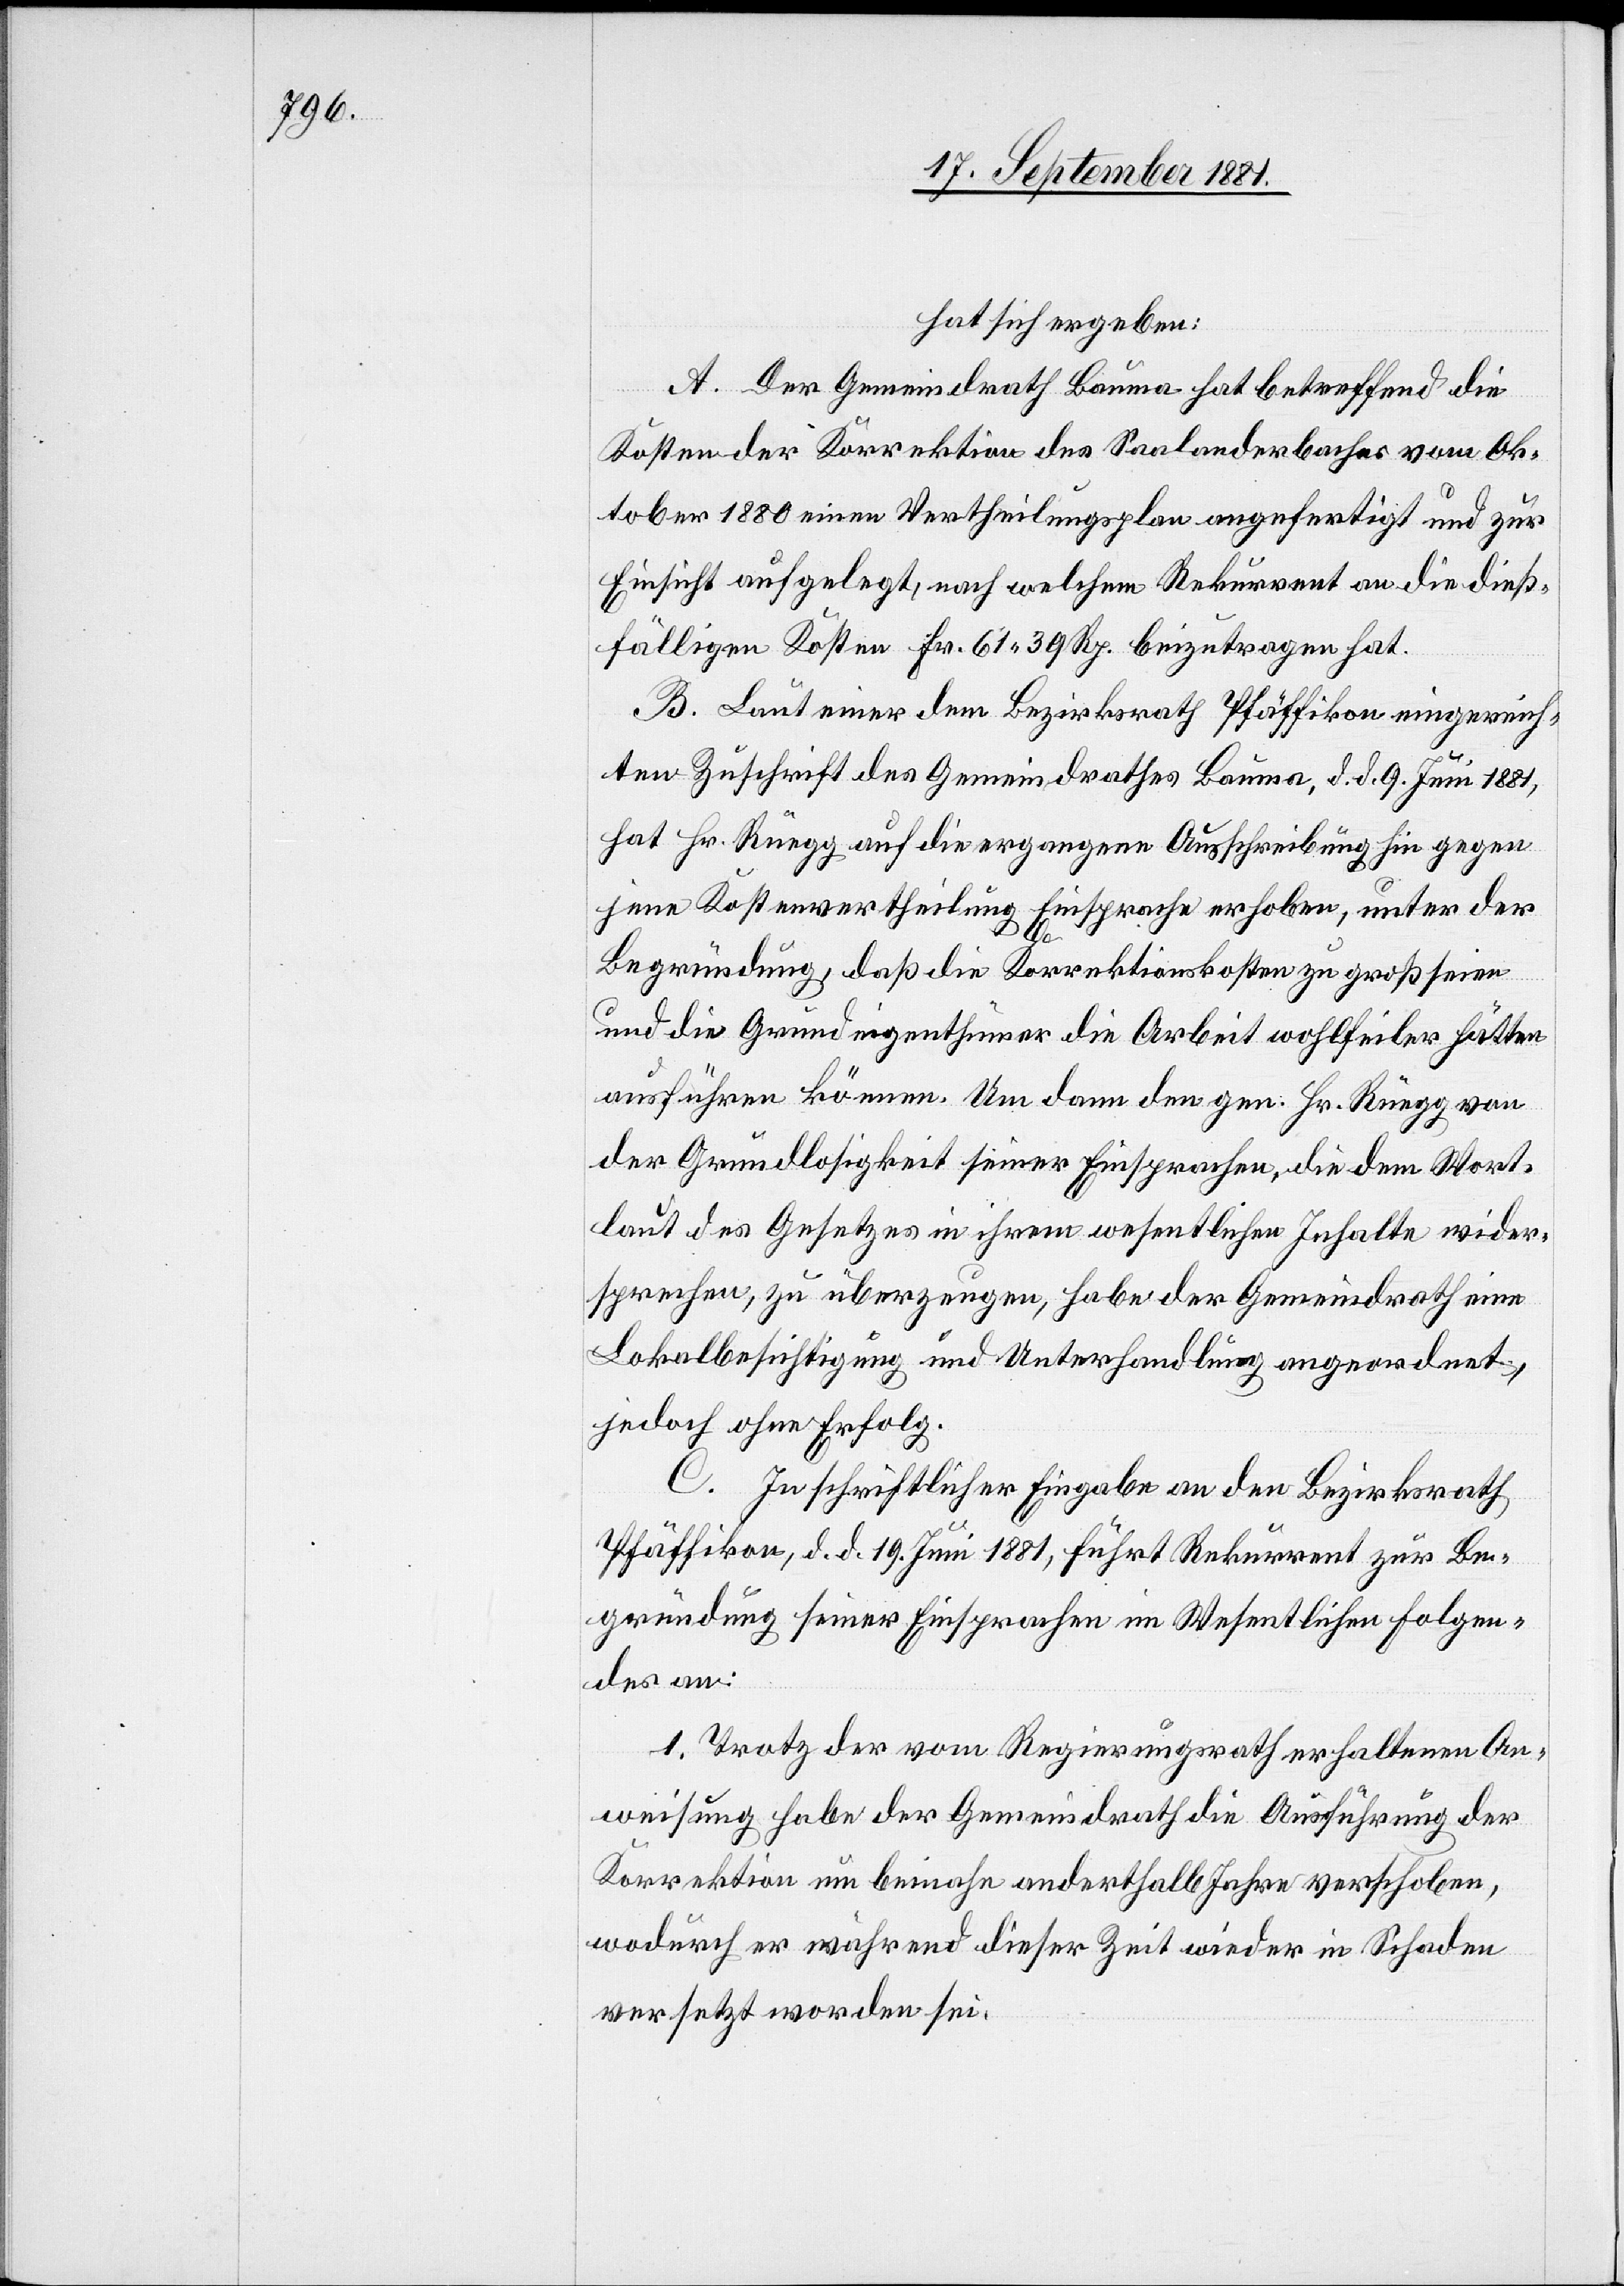
hat sich ergeben:
A. Der Gemeindrath Bauma hat betreffend die
Kosten der Korrektion des Saalanderbaches vom Ok¬
tober 1880 einen Vertheilungsplan angefertigt und zur
Einsicht aufgelegt, nach welchem Rekurrent an die dieß¬
fälligen Kosten Fr. 61 39 Rp. beizutragen hat.
B. Laut einer dem Bezirksrath Pfäffikon eingereich¬
ten Zuschrift des Gemeindrathes Bauma, d. d. 9. Juni 1881,
hat Hr. Rüegg auf die ergangene Ausschreibung hin gegen
jene Kostenvertheilung Einsprache erhoben, unter der
Begründung, daß die Korrektionskosten zu groß seien
und die Grundeigenthümer die Arbeit wohlfeiler hätten
ausführen können. Um dann den gen. Hr. Rüegg von
der Grundlosigkeit seiner Einsprachen die dem Wort¬
laut des Gesetzes in ihrem wesentlichen Inhalte wieder¬
sprechen, zu überzeugen, habe der Gemeindrath eine
Lokalbesichtigung und Unterhandlung angeordnet;
jedoch ohne Erfolg.
C. In schriftlicher Eingabe an den Bezirksrath
Pfäffikon, d. d. 19. Juni 1881, führt Rekurrent zur Be¬
gründung seiner Einsprachen im Wesentlichen Folgen¬
des an:
1. Trotz der vom Regierungsrath erhaltenen An¬
weisung habe der Gemeindrath die Ausführung der
Korrektion um beinahe anderthalb Jahre verschoben,
wodurch er während dieser Zeit wieder in Schaden
versetzt worden sei.